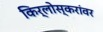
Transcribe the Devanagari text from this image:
किर्लोस्करांवर